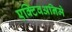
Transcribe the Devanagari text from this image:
एक्टिवअनिमे